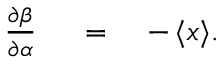
\begin{array} { r l r } { { \frac { \partial \beta } { \partial \alpha } } } & { { } \ = \ } & { - \, \langle { x } \rangle . } \end{array}